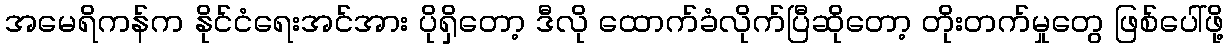
အမေရိကန်က နိုင်ငံရေးအင်အား ပိုရှိတော့ ဒီလို ထောက်ခံလိုက်ပြီဆိုတော့ တိုးတက်မှုတွေ ဖြစ်ပေါ်ဖို့